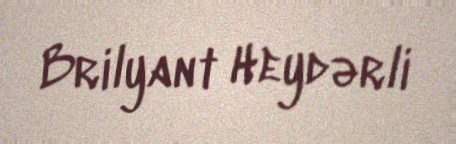
Brilyant Heydərli